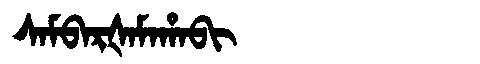
Manchu: ᠰᠠᠮᠪᠠᡵᡧᠠᠮᠠᡥᠠᠪᡳ
Romanization: SAMBARŠAMAHABI